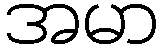
အမာ